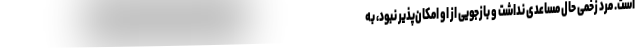
است. مرد زخمی حال مساعدی نداشت و بازجویی از او امکان‌پذیر نبود، به